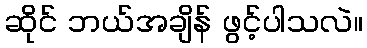
ဆိုင် ဘယ်အချိန် ဖွင့်ပါသလဲ။